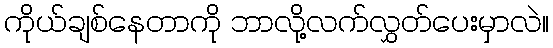
ကိုယ်ချစ်နေတာကို ဘာလို့လက်လွှတ်ပေးမှာလဲ။